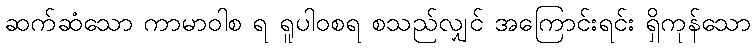
ဆက်ဆံသော ကာမာဝါစ ရ ရူပါဝစရ စသည်လျှင် အကြောင်းရင်း ရှိကုန်သော